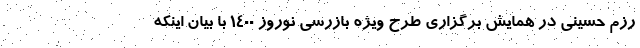
رزم حسینی در همایش برگزاری طرح ویژه بازرسی نوروز ۱۴۰۰ با بیان اینکه